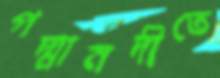
পদ্মানদীতে